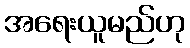
အရေးယူမည်ဟု